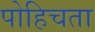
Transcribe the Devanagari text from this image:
पोहिचता